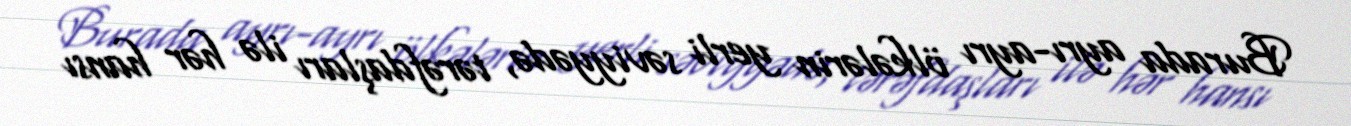
Burada ayrı-ayrı ölkələrin yerli səviyyədə, tərəfdaşları ilə hər hansı